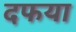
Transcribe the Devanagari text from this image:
दफया